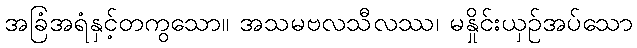
အခြံအရံနှင့်တကွသော။ အသမဗလသီလဿ၊ မနှိုင်းယှဉ်အပ်သော